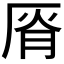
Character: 𰆟